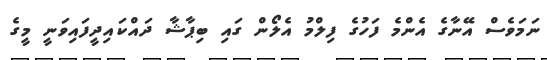
ނަމަވެސް އޭނާގެ އެންމެ ފަހުގެ ފިލްމު އެލޯން ގައި ބިޕާޝާ ދައްކައިދީފައިވަނީ މީގެ